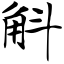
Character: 斛